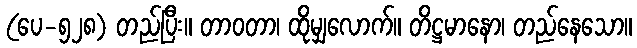
(ပေ-၅၂၈) တည်ပြီး။ တာဝတာ၊ ထိုမျှလောက်။ တိဋ္ဌမာနော၊ တည်နေသော။